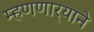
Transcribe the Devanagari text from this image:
म्हणणार्‍याने